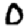
Digit: 0